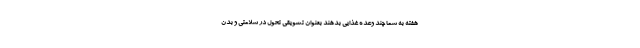
هفته به شما چند وعده غذایی بدهند بعنوان تشویقی تحول در سلامتی و بدن